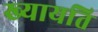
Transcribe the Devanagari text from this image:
ख्यायति